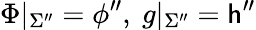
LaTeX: \Phi|_{\Sigma^{\prime\prime}}=\phi^{\prime\prime},~g|_{\Sigma^{\prime\prime}}=\mathsf{h}^{\prime\prime}